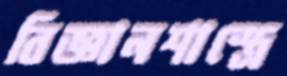
বিজ্ঞানশাস্ত্রে